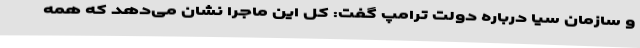
و سازمان سیا درباره دولت ترامپ گفت: کل این ماجرا نشان می‌دهد که همه